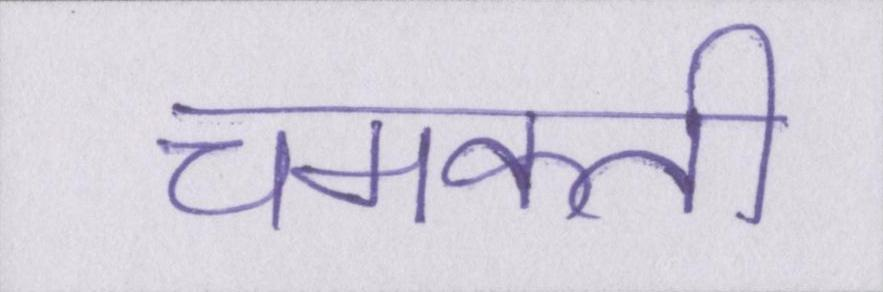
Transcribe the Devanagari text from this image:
चमकती